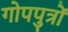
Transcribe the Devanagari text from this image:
गोपपुत्रों